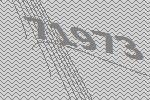
71973